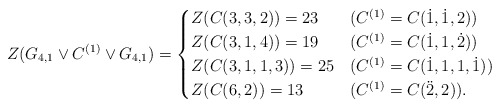
\begin{align*} Z(G_{4,1}\vee C^{(1)} \vee G_{4,1})= \begin{cases} Z(C(3,3,2))=23&(C^{(1)}=C(\dot1,\dot1,2))\\ Z(C(3,1,4))=19&(C^{(1)}=C(\dot1,1,\dot2))\\ Z(C(3,1,1,3))=25&(C^{(1)}=C(\dot1,1,1,\dot1))\\ Z(C(6,2))=13&(C^{(1)}=C(\ddot2,2)). \end{cases} \end{align*}